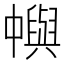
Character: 𠁹